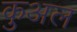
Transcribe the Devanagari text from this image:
कुअल